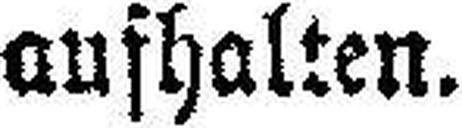
aufhalten.